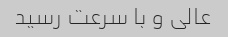
عالی و با سرعت رسید